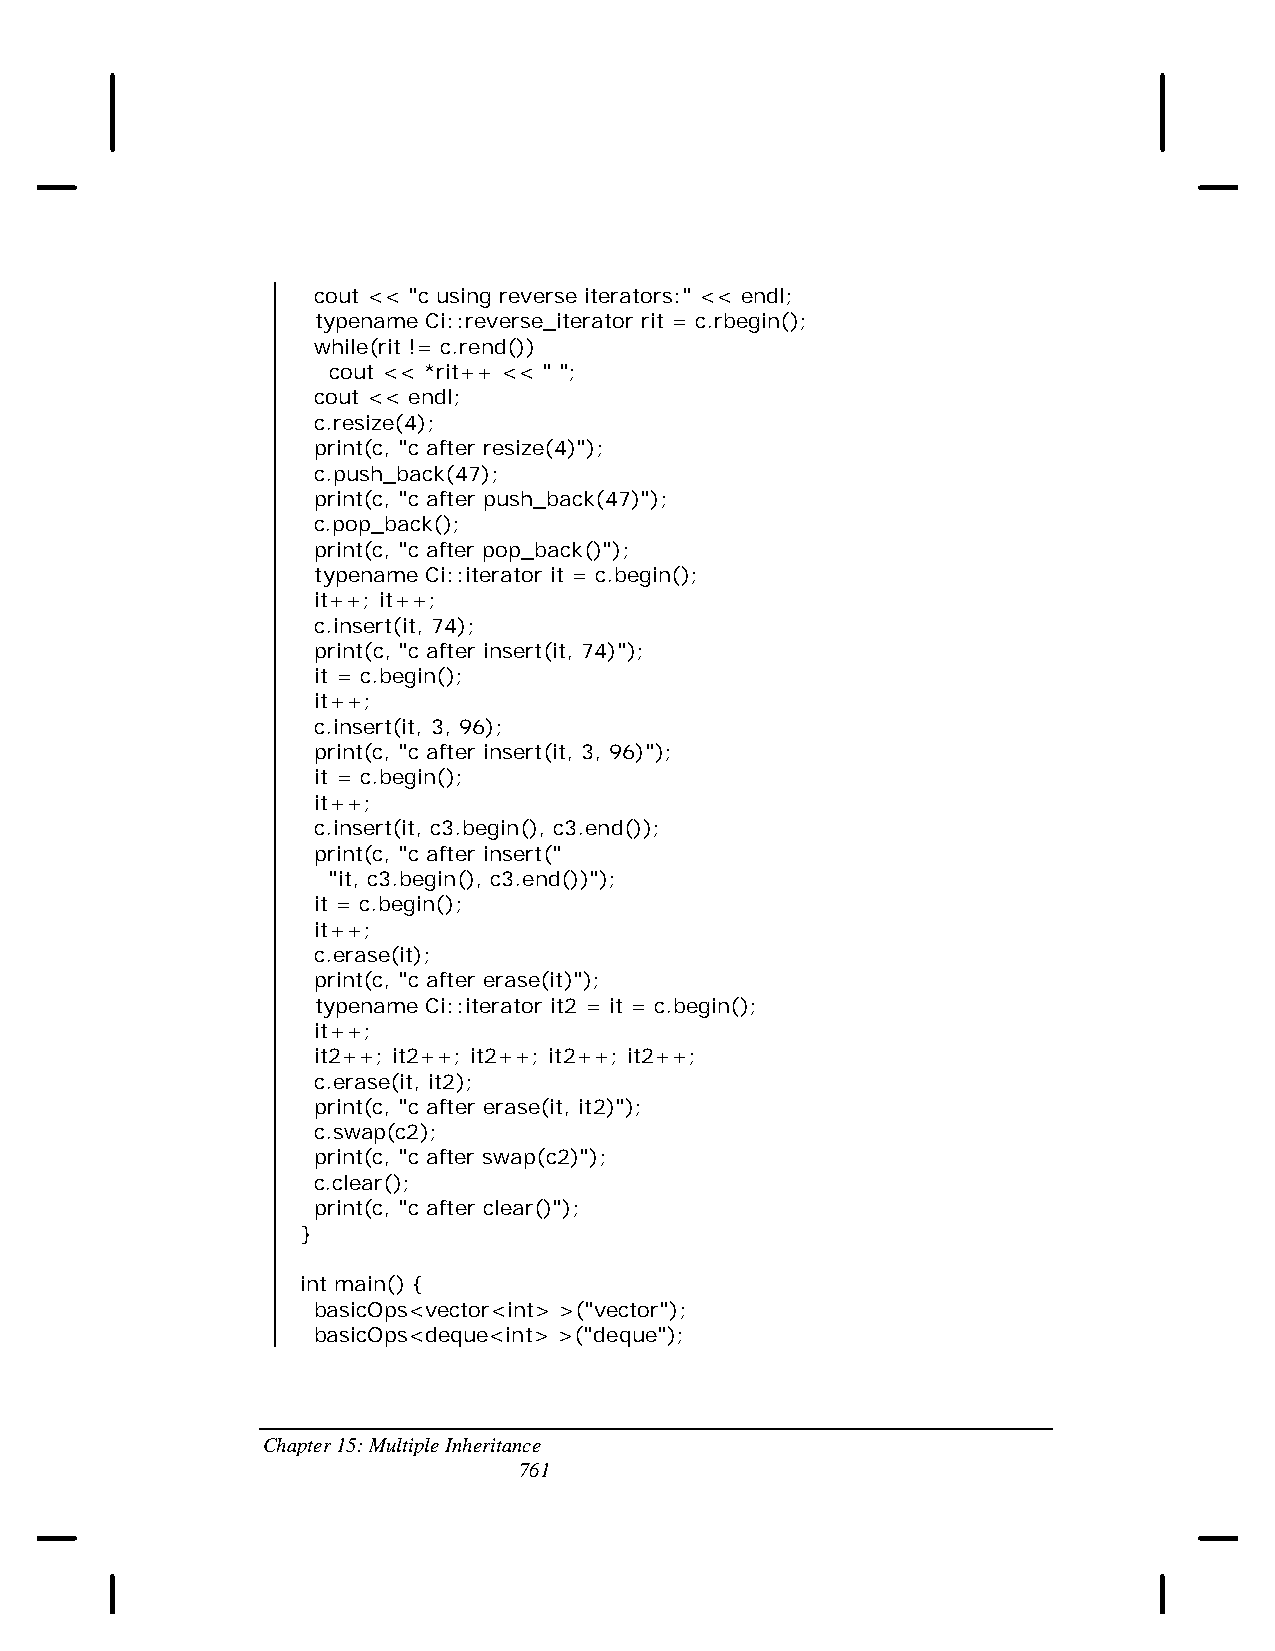
cout << "c using reverse iterators:" << endl;
 typename Ci::reverse_iterator rit = c.rbegin();
 while(rit != c.rend())
 cout << *rit++ << " ";
 cout << endl;
 c.resize(4);
 print(c, "c after resize(4)");
 c.push_back(47);
 print(c, "c after push_back(47)");
 c.pop_back();
 print(c, "c after pop_back()");
 typename Ci::iterator it = c.begin();
 it++; it++;
 c.insert(it, 74);
 print(c, "c after insert(it, 74)");
 it = c.begin();
 it++;
 c.insert(it, 3, 96);
 print(c, "c after insert(it, 3, 96)");
 it = c.begin();
 it++;
 c.insert(it, c3.begin(), c3.end());
 print(c, "c after insert("
 "it, c3.begin(), c3.end())");
 it = c.begin();
 it++;
 c.erase(it);
 print(c, "c after erase(it)");
 typename Ci::iterator it2 = it = c.begin();
 it++;
 it2++; it2++; it2++; it2++; it2++;
 c.erase(it, it2);
 print(c, "c after erase(it, it2)");
 c.swap(c2);
 print(c, "c after swap(c2)");
 c.clear();
 print(c, "c after clear()");
 }
 int main() {
 basicOps<vector<int> >("vector");
 basicOps<deque<int> >("deque");
 Chapter 15: Multiple Inheritance
 761